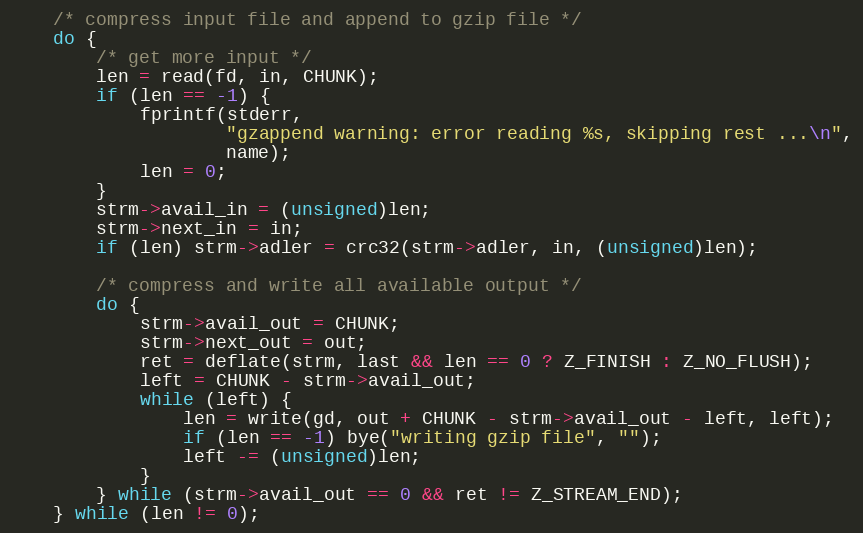
Language: C
    /* compress input file and append to gzip file */
    do {
        /* get more input */
        len = read(fd, in, CHUNK);
        if (len == -1) {
            fprintf(stderr,
                    "gzappend warning: error reading %s, skipping rest ...\n",
                    name);
            len = 0;
        }
        strm->avail_in = (unsigned)len;
        strm->next_in = in;
        if (len) strm->adler = crc32(strm->adler, in, (unsigned)len);

        /* compress and write all available output */
        do {
            strm->avail_out = CHUNK;
            strm->next_out = out;
            ret = deflate(strm, last && len == 0 ? Z_FINISH : Z_NO_FLUSH);
            left = CHUNK - strm->avail_out;
            while (left) {
                len = write(gd, out + CHUNK - strm->avail_out - left, left);
                if (len == -1) bye("writing gzip file", "");
                left -= (unsigned)len;
            }
        } while (strm->avail_out == 0 && ret != Z_STREAM_END);
    } while (len != 0);